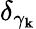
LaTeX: \delta_{\gamma_{\mathbf k}}